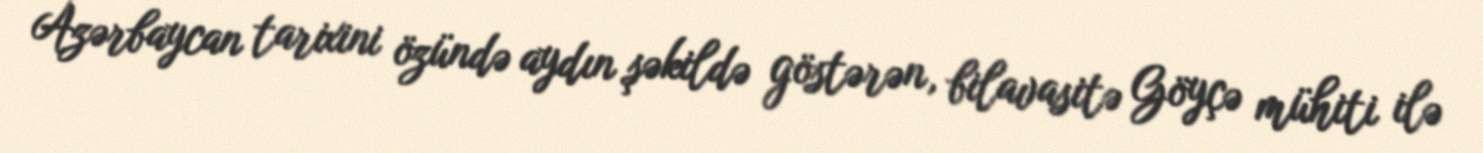
Azərbaycan tarixini özündə aydın şəkildə göstərən, bilavasitə Göyçə mühiti ilə